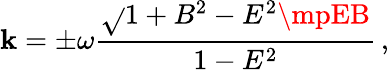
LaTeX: \mathbf{k}=\pm\omega\frac{{\sqrt{}{{1+B^{2}-E^{2}}}\mpEB}}{{1-E^{2}}}\, ,